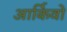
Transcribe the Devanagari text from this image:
आर्किवो